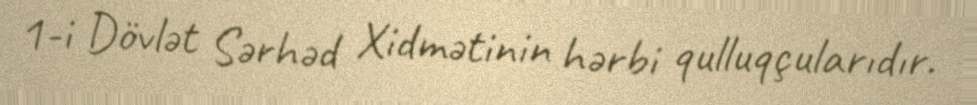
1-i Dövlət Sərhəd Xidmətinin hərbi qulluqçularıdır.